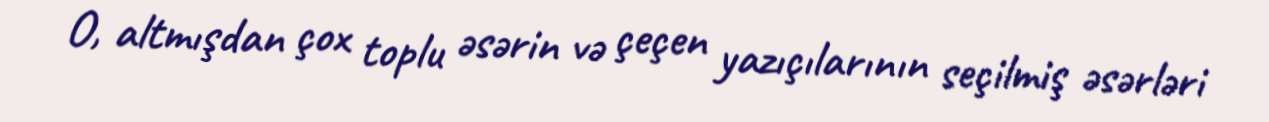
O, altmışdan çox toplu əsərin və çeçen yazıçılarının seçilmiş əsərləri